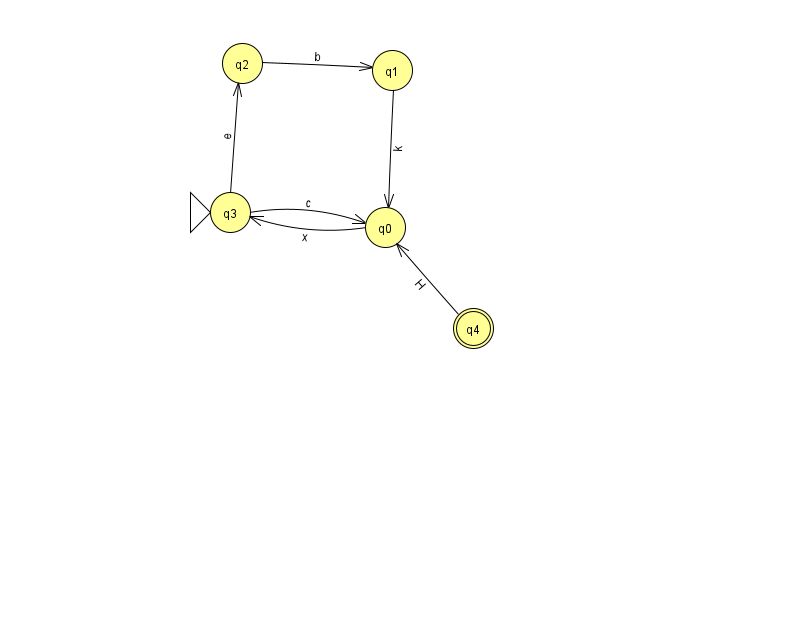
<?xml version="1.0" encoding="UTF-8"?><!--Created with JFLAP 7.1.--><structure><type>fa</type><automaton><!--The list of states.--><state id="0" name="q0"><x>385.0</x><y>214.0</y></state><state id="1" name="q1"><x>392.0</x><y>57.0</y></state><state id="2" name="q2"><x>242.0</x><y>50.0</y></state><state id="3" name="q3"><x>230.0</x><y>199.0</y><initial/></state><state id="4" name="q4"><x>473.0</x><y>315.0</y><final/></state><!--The list of transitions.--><transition><from>4</from><to>0</to><read>H</read></transition><transition><from>0</from><to>3</to><read>x</read></transition><transition><from>2</from><to>1</to><read>b</read></transition><transition><from>3</from><to>0</to><read>c</read></transition><transition><from>1</from><to>0</to><read>k</read></transition><transition><from>3</from><to>2</to><read>e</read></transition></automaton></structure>